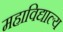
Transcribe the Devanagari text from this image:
महाविद्याल्य